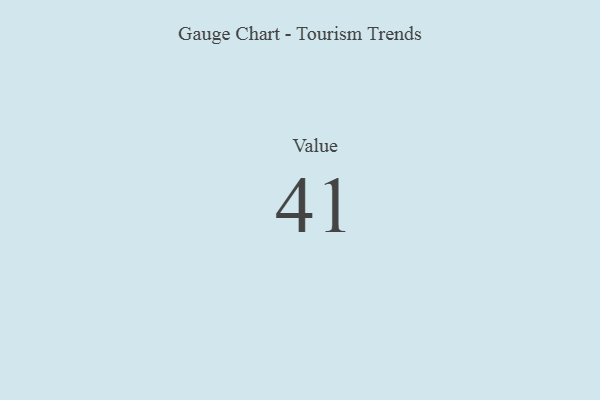
{"axis": {"x": "Metric", "y": "Value"}, "legend": [""], "data": [{"x": "Value", "y": 41, "type": ""}]}